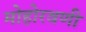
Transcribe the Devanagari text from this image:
मोहोरवणी